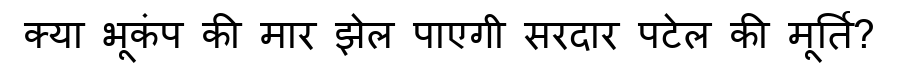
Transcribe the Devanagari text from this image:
क्या भूकंप की मार झेल पाएगी सरदार पटेल की मूर्ति?